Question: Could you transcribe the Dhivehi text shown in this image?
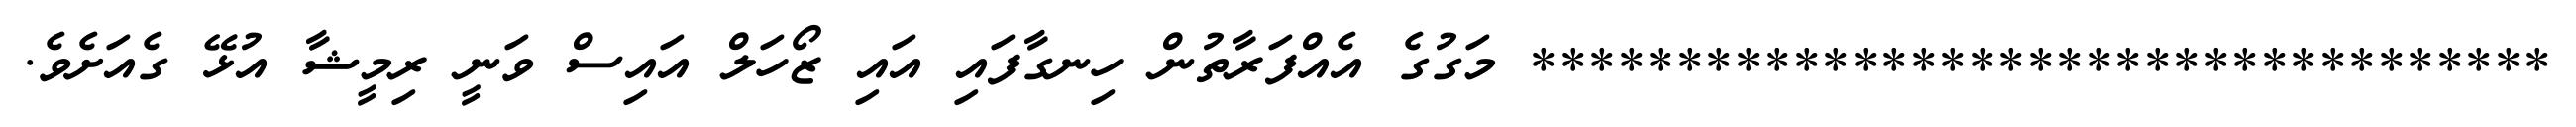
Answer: *********************************** މަގުގެ އެއްފަރާތުން ހިނގާފައި އައި ޒޯހަލް އައިސް ވަނީ ރިމީޝާ އުޅޭ ގެއަށެވެ.